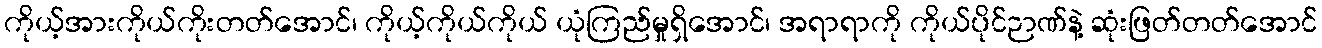
ကိုယ့်အားကိုယ်ကိုးတတ်အောင်၊ ကိုယ့်ကိုယ်ကိုယ် ယုံကြည်မှုရှိအောင်၊ အရာရာကို ကိုယ်ပိုင်ဉာဏ်နဲ့ ဆုံးဖြတ်တတ်အောင်